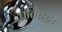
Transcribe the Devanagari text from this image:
प्रतिबद्ध।